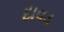
દાવડ